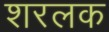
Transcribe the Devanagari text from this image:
शरलक